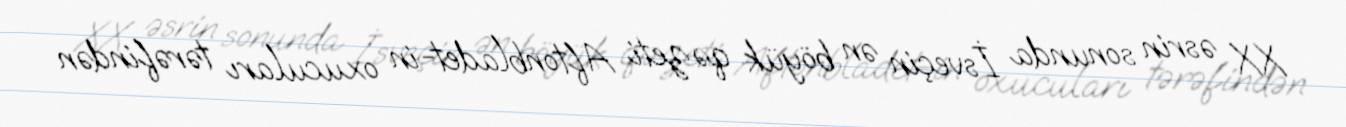
XX əsrin sonunda İsveçin ən böyük qəzeti Aftonbladet-in oxucuları tərəfindən